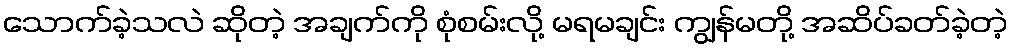
သောက်ခဲ့သလဲ ဆိုတဲ့ အချက်ကို စုံစမ်းလို့ မရမချင်း ကျွန်မတို့ အဆိပ်ခတ်ခဲ့တဲ့